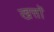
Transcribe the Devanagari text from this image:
खत्तों